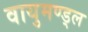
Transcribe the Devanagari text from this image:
वायुमण्ड्ल